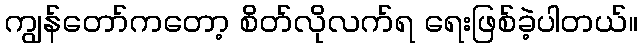
ကျွန်တော်ကတော့ စိတ်လိုလက်ရ ရေးဖြစ်ခဲ့ပါတယ်။